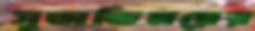
সুঅভিনয়ের